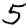
Digit: 5